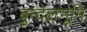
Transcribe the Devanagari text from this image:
बुन्देलभूमि